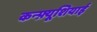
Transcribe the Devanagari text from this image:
कन्फ़्यूशियाई